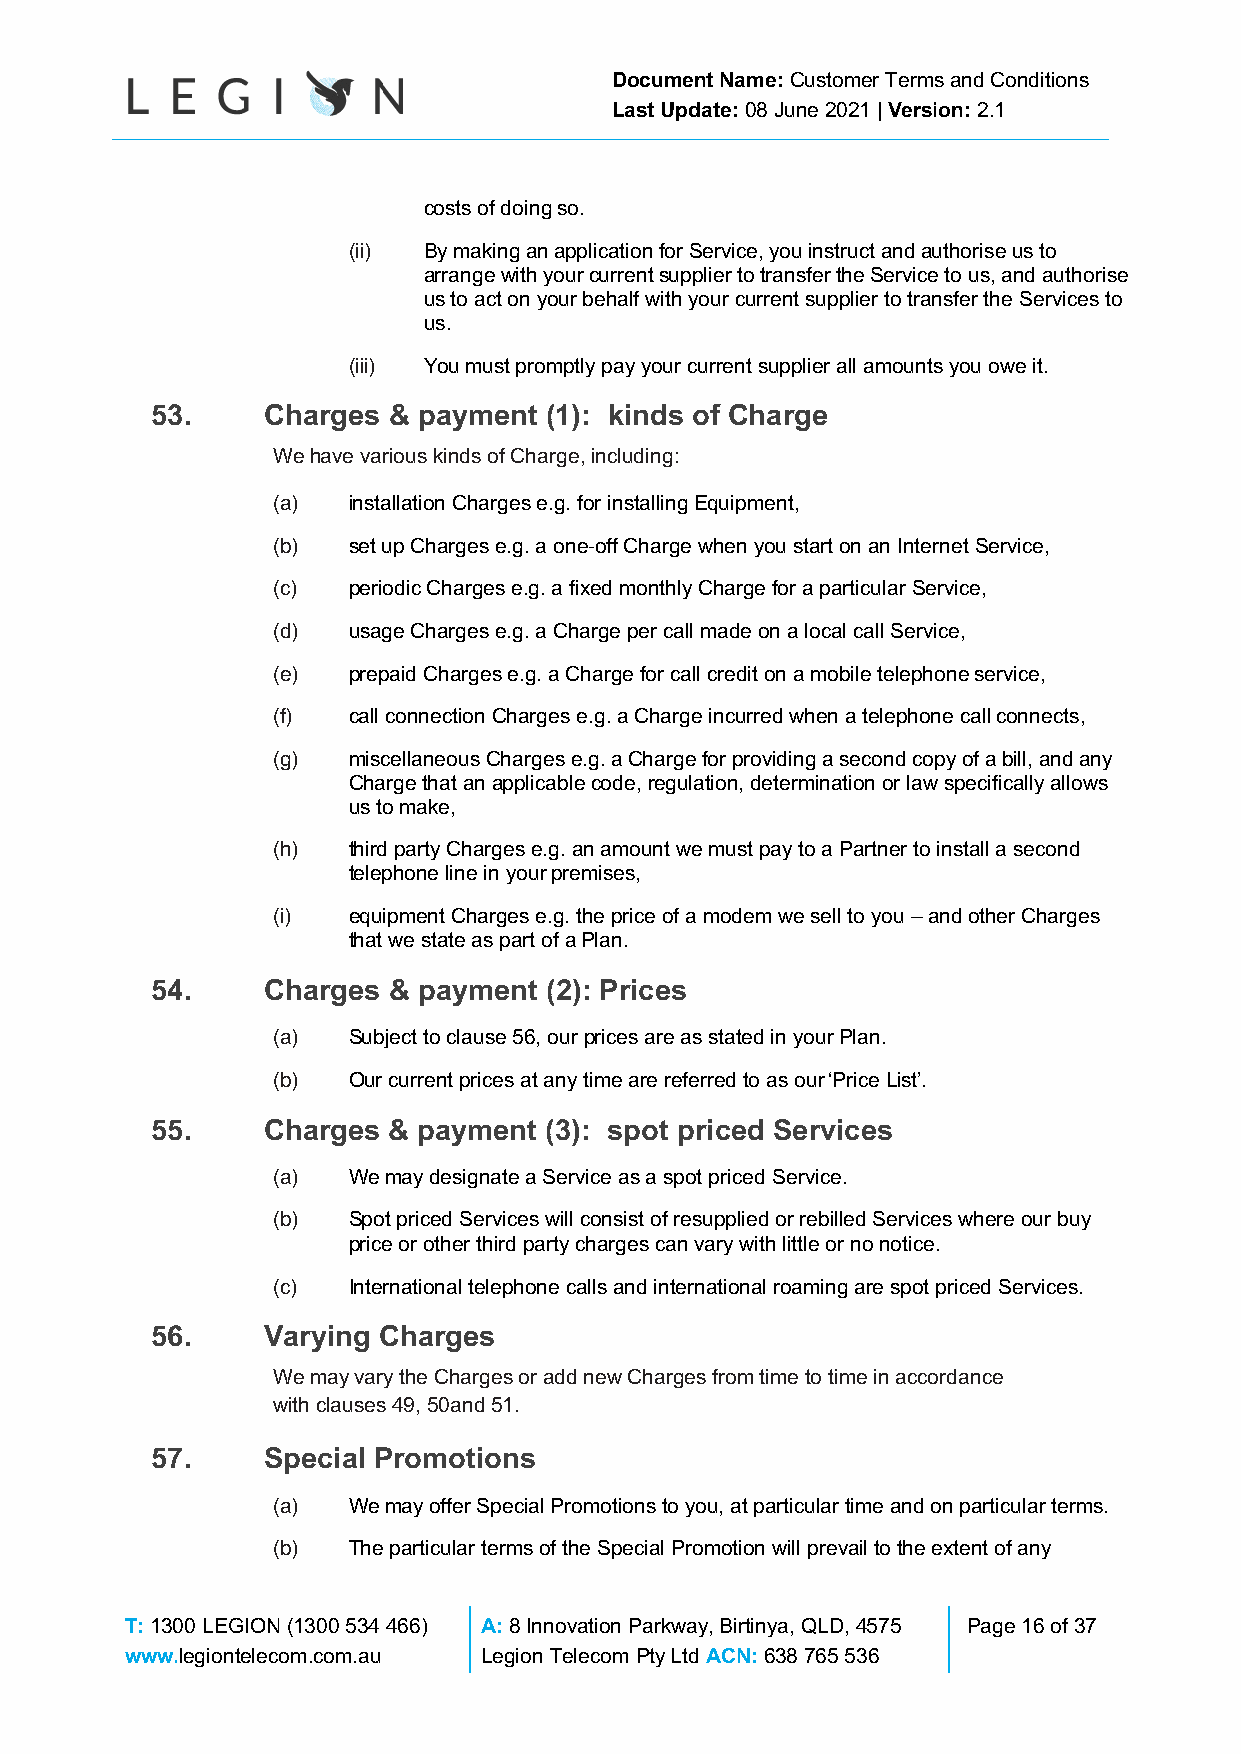
Document Name: Customer Terms and Conditions
 Last Update: 08 June 2021 | Version: 2.1
 costs of doing so.
 (ii) By making an application for Service, you instruct and authorise us to
 arrange with your current supplier to transfer the Service to us, and authorise
 us to act on your behalf with your current supplier to transfer the Services to
 us.
 (iii) You must promptly pay your current supplier all amounts you owe it.
 53.    Charges  & payment (1): kinds of Charge
 We have various kinds of Charge, including:
 (a)  installation Charges e.g. for installing Equipment,
 (b)  set up Charges e.g. a one-off Charge when you start on an Internet Service,
 (c)  periodic Charges e.g. a fixed monthly Charge for a particular Service,
 (d)  usage Charges e.g. a Charge per call made on a local call Service,
 (e)  prepaid Charges e.g. a Charge for call credit on a mobile telephone service,
 (f)  call connection Charges e.g. a Charge incurred when a telephone call connects,
 (g)  miscellaneous Charges e.g. a Charge for providing a second copy of a bill, and any
 Charge that an applicable code, regulation, determination or law specifically allows
 us to make,
 (h)  third party Charges e.g. an amount we must pay to a Partner to install a second
 telephone line in your premises,
 (i)  equipment Charges e.g. the price of a modem we sell to you – and other Charges
 that we state as part of a Plan.
 54.    Charges  & payment (2): Prices
 (a)  Subject to clause 56, our prices are as stated in your Plan.
 (b)  Our current prices at any time are referred to as our ‘Price List’.
 55.    Charges  & payment (3): spot priced Services
 (a)  We may designate a Service as a spot priced Service.
 (b)  Spot priced Services will consist of resupplied or rebilled Services where our buy
 price or other third party charges can vary with little or no notice.
 (c)  International telephone calls and international roaming are spot priced Services.
 56.    Varying Charges
 We may vary the Charges or add new Charges from time to time in accordance
 with clauses 49, 50and 51.
 57.    Special Promotions
 (a)  We may offer Special Promotions to you, at particular time and on particular terms.
 (b)  The particular terms of the Special Promotion will prevail to the extent of any
 T: 1300 LEGION (1300 534 466) A: 8 Innovation Parkway, Birtinya, QLD, 4575 Page 16 of 37
 www.legiontelecom.com.au Legion Telecom Pty Ltd ACN: 638 765 536